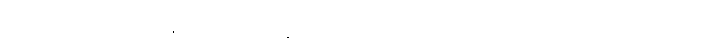
သူကြွယ်မသည်။ အဇ္ဈတ္တံ၊ မိမိသန္တာန်၌။ စေတော သမထဿ၊ စိတ်ကို ငြိမစေတတ်သော